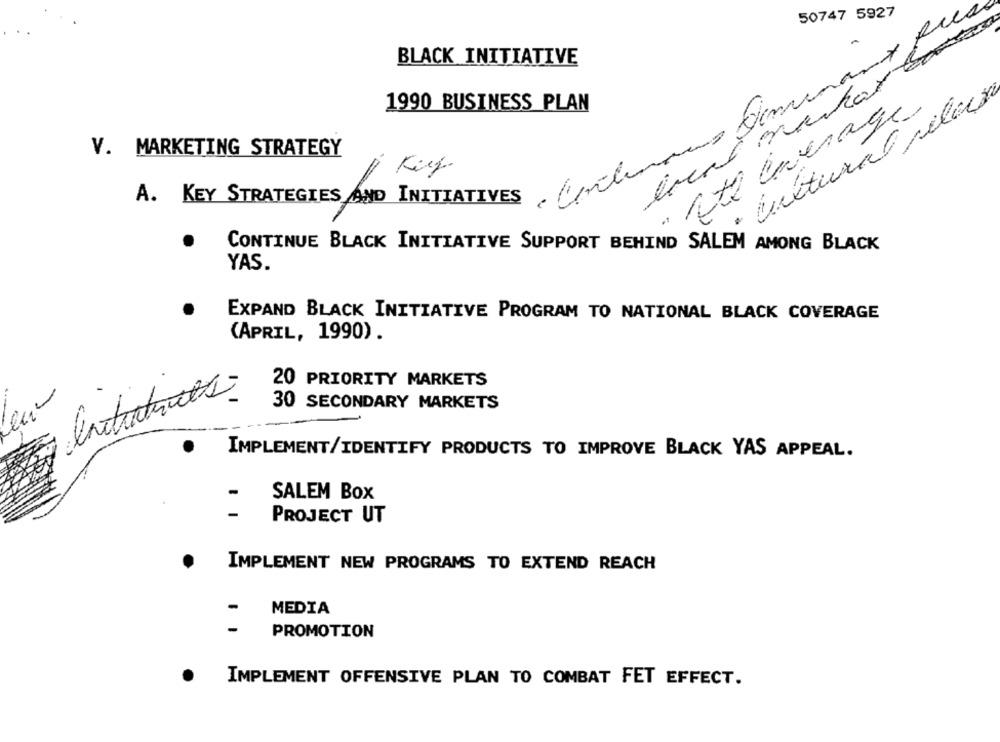
50747 5927
· Conclurano Dominant Pues
BLACK INITIATIVE
· autural pelas
1990 BUSINESS PLAN
" ete average
V. MARKETING STRATEGY
A. KEY STRATEGIES AND INITIATIVES
CONTINUE BLACK INITIATIVE SUPPORT BEHIND SALEM AMONG BLACK
YAS.
EXPAND BLACK INITIATIVE PROGRAM TO NATIONAL BLACK COVERAGE
(APRIL, 1990).
20 PRIORITY MARKETS
30 SECONDARY MARKETS
IMPLEMENT/IDENTIFY PRODUCTS TO IMPROVE BLACK YAS APPEAL.
SALEM BOX
-
PROJECT UT
IMPLEMENT NEW PROGRAMS TO EXTEND REACH
MEDIA
-
PROMOTION
IMPLEMENT OFFENSIVE PLAN TO COMBAT FET EFFECT.